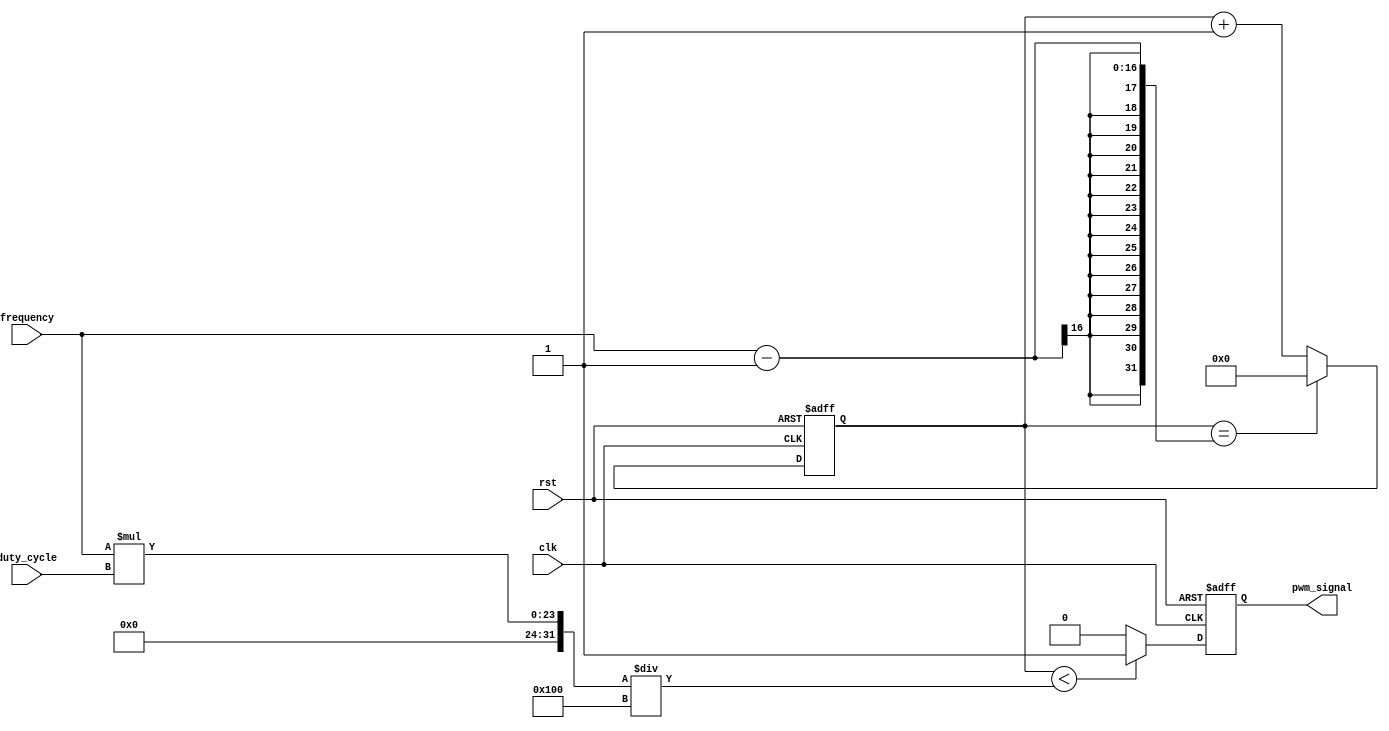
module PWM_generator (
    input wire clk,
    input wire rst,
    input wire [7:0] duty_cycle,
    input wire [15:0] frequency,
    output reg pwm_signal
);

reg [15:0] counter;

always @(posedge clk or posedge rst) begin
    if (rst) begin
        counter <= 16'd0;
        pwm_signal <= 1'b0;
    end else begin
        counter <= counter + 1;
        if (counter == frequency - 1) begin
            counter <= 16'd0;
        end
        if (counter < (frequency * duty_cycle) / 256) begin
            pwm_signal <= 1'b1;
        end else begin
            pwm_signal <= 1'b0;
        end
    end
end
endmodule